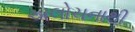
અલોચનાથી